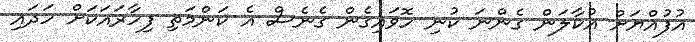
އުފުއްޔަށް އުކާލަން ގެންނަ ކުނި ހޮވައިގެން ގެނެސް އެ ކަންމަތި ފިހާރައަކަށް ހަދައި